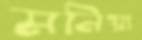
মনিয়া